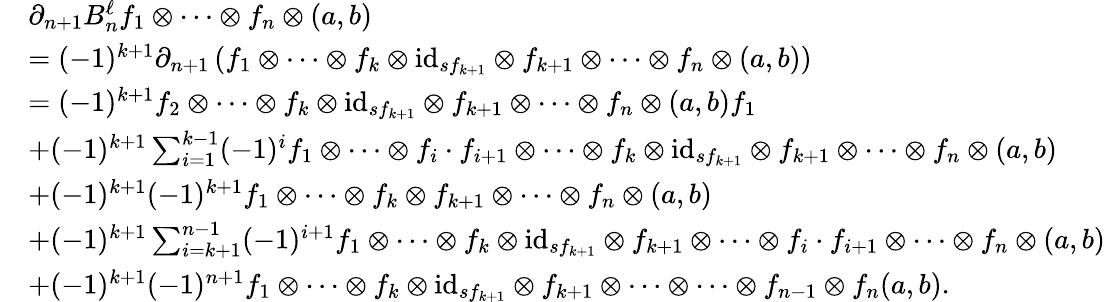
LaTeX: \begin{array}{rl}&{\partial_{n+1}B_{n}^{\ell}f_{1}\otimes\dots\otimes f_{n}\otimes(a,b)}\\ &{=(-1)^{k+1}\partial_{n+1}\left(f_{1}\otimes\dots\otimes f_{k}\otimes\mathrm{id}_{sf_{k+1}}\otimes f_{k+1}\otimes\dots\otimes f_{n}\otimes(a,b)\right)}\\ &{=(-1)^{k+1}f_{2}\otimes\dots\otimes f_{k}\otimes\mathrm{id}_{sf_{k+1}}\otimes f_{k+1}\otimes\dots\otimes f_{n}\otimes(a,b)f_{1}}\\ &{+(-1)^{k+1}\sum_{i=1}^{k-1}(-1)^{i}f_{1}\otimes\dots\otimes f_{i}\cdot f_{i+1}\otimes\dots\otimes f_{k}\otimes\mathrm{id}_{sf_{k+1}}\otimes f_{k+1}\otimes\dots\otimes f_{n}\otimes(a,b)}\\ &{+(-1)^{k+1}(-1)^{k+1}f_{1}\otimes\dots\otimes f_{k}\otimes f_{k+1}\otimes\dots\otimes f_{n}\otimes(a,b)}\\ &{+(-1)^{k+1}\sum_{i=k+1}^{n-1}(-1)^{i+1}f_{1}\otimes\dots\otimes f_{k}\otimes\mathrm{id}_{sf_{k+1}}\otimes f_{k+1}\otimes\dots\otimes f_{i}\cdot f_{i+1}\otimes\dots\otimes f_{n}\otimes(a,b)}\\ &{+(-1)^{k+1}(-1)^{n+1}f_{1}\otimes\dots\otimes f_{k}\otimes\mathrm{id}_{sf_{k+1}}\otimes f_{k+1}\otimes\dots\otimes\dots\otimes f_{n-1}\otimes f_{n}(a,b).}\end{array}